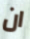
ان